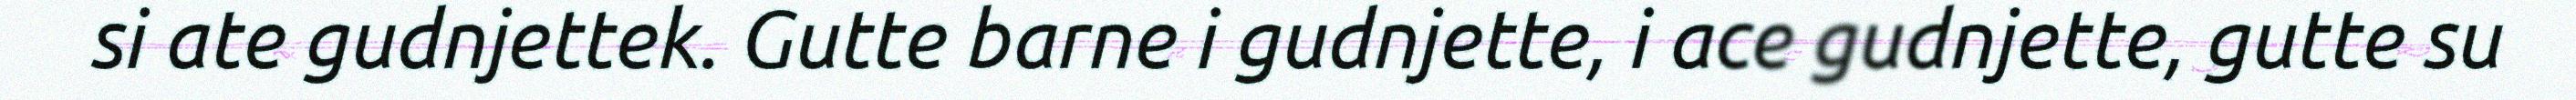
si ate gudnjettek. Gutte barne i gudnjette, i ace gudnjette, gutte su